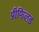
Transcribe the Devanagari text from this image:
प्रीफिलड